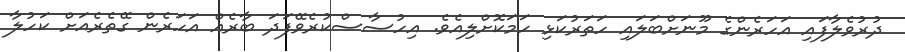
ދުރުވެލާފައި އަހަރެންގެ މޫނަށްބަލައި ހަތަރުކަޅި ހަމަކޮށްލިއެވެ. އިހުސާސްކުރެވޭފަދަ ބާރެއް އަހަރެން ގޭތެރެއަށް ކަހުލާ